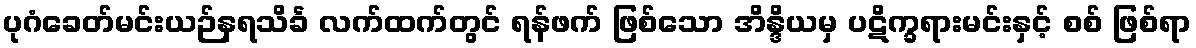
ပုဂံခေတ်မင်းယဉ်နရသိင်္ခ လက်ထက်တွင် ရန်ဖက် ဖြစ်သော အိန္ဒိယမှ ပဋိက္ခရားမင်းနှင့် စစ် ဖြစ်ရာ